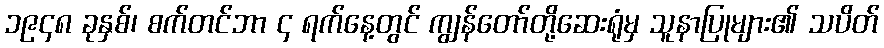
၁၉၄၈ ခုနှစ်၊ စက်တင်ဘာ ၄ ရက်နေ့တွင် ကျွန်တော်တို့ဆေးရုံမှ သူနာပြုများ၏ သပိတ်